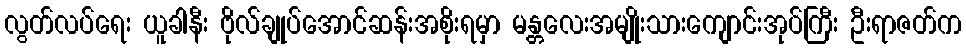
လွတ်လပ်ရေး ယူခါနီး ဗိုလ်ချုပ်အောင်ဆန်းအစိုးရမှာ မန္တလေးအမျိုးသားကျောင်းအုပ်ကြီး ဦးရာဇတ်က